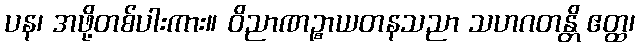
ပန၊ အဖို့တစ်ပါးကား။ ဝိညာဏဉ္စာယတနသညာ သဟဂတန္တိ ဧတ္ထ၊